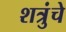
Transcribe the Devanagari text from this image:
शत्रुंचे